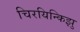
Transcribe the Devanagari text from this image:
चिरयिन्किझु